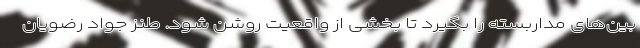
بین‌های مداربسته را بگیرد تا بخشی از واقعیت روشن شود. طنز جواد رضویان